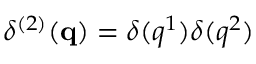
\delta ^ { ( 2 ) } ( \mathbf { q } ) = \delta ( q ^ { 1 } ) \delta ( q ^ { 2 } )